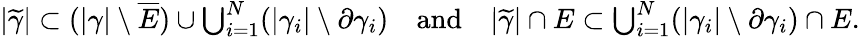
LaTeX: \begin{array}{r}{|\widetilde\gamma|\subset(|\gamma|\setminus\overline{E})\cup\bigcup_{i=1}^{N}(|\gamma_{i}|\setminus\partial\gamma_{i})\quad\textrm{and}\quad|\widetilde\gamma|\cap E\subset\bigcup_{i=1}^{N}(|\gamma_{i}|\setminus\partial\gamma_{i})\cap E.}\end{array}